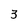
Character: 3